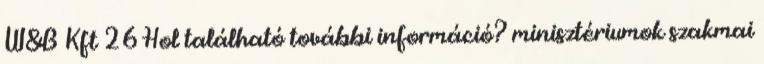
W&B Kft 26 Hol található további információ? minisztériumok szakmai